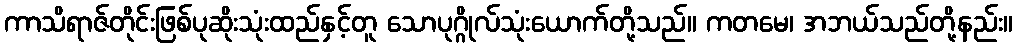
ကာသိရာဇ်တိုင်းဖြစ်ပုဆိုးသုံးထည်နှင့်တူ သောပုဂ္ဂိုလ်သုံးယောက်တို့သည်။ ကတမေ၊ အဘယ်သည်တို့နည်း။